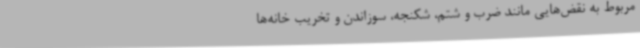
مربوط به نقض‌هایی مانند ضرب و شتم، شکنجه، سوزاندن و تخریب خانه‌ها